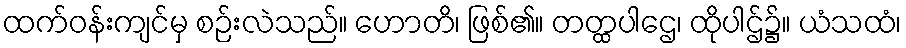
ထက်ဝန်းကျင်မှ စဉ်းလဲသည်။ ဟောတိ၊ ဖြစ်၏။ တတ္ထပါဌေ၊ ထိုပါဌ်၌။ ယံသထံ၊